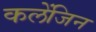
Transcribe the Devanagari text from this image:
कलेंजिन